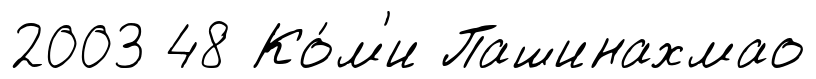
2003 48 Ко́м'и Пашинахмао